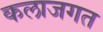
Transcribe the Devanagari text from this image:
कलाजगत